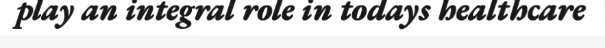
play an integral role in todays healthcare